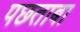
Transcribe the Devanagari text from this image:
पछताबा